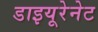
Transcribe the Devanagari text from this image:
डाइयूरेनेट